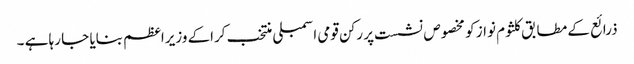
ذرائع کے مطابق کلثوم نواز کو مخصوص نشست پر رکن قومی اسمبلی منتخب کراکے وزیراعظم بنایا جا رہا ہے ۔